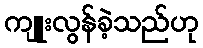
ကျူးလွန်ခဲ့သည်ဟု